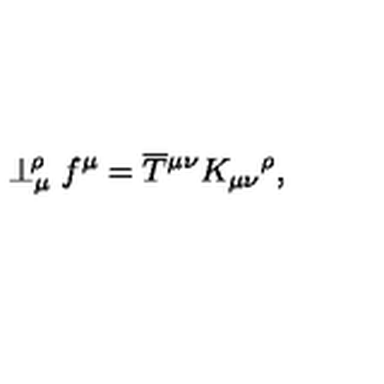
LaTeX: \perp _ { \mu } ^ { \! \rho } f ^ { \mu } = \overline { T } { ^ { \mu \nu } } K _ { \mu \nu } { ^ \rho } ,